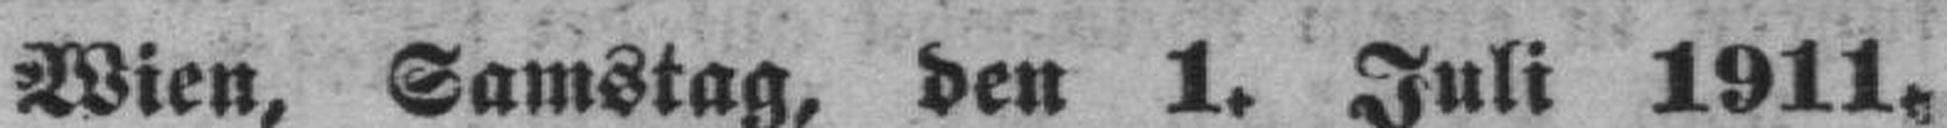
Wien, Samstag, den 1. Juli 1911.